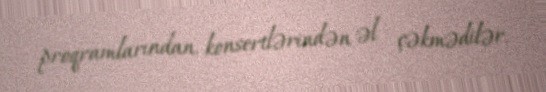
proqramlarından, konsertlərindən əl çəkmədilər.